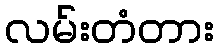
လမ်းတံတား